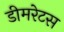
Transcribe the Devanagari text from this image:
डीमरेटस